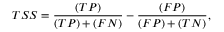
T S S = \frac { ( T P ) } { ( T P ) + ( F N ) } - \frac { ( F P ) } { ( F P ) + ( T N ) } ,